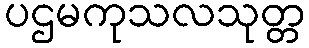
ပဌမကုသလသုတ္တ